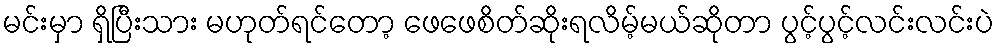
မင်းမှာ ရှိပြီးသား မဟုတ်ရင်တော့ ဖေဖေစိတ်ဆိုးရလိမ့်မယ်ဆိုတာ ပွင့်ပွင့်လင်းလင်းပဲ